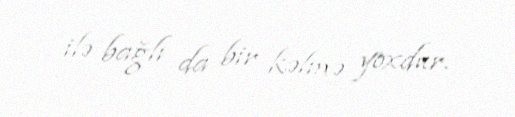
ilə bağlı da bir kəlmə yoxdur.